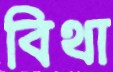
বিথা